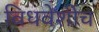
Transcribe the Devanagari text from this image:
विधवेशीच